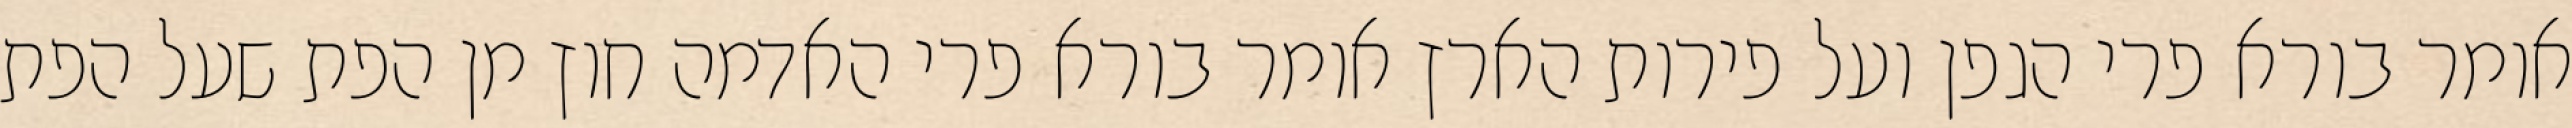
אומר בורא פרי הגפן ועל פירות הארץ אומר בורא פרי האדמה חוץ מן הפת שעל הפת